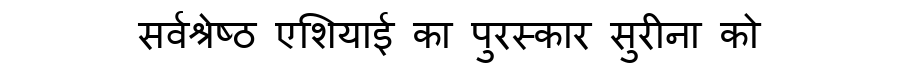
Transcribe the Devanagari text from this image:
सर्वश्रेष्ठ एशियाई का पुरस्कार सुरीना को